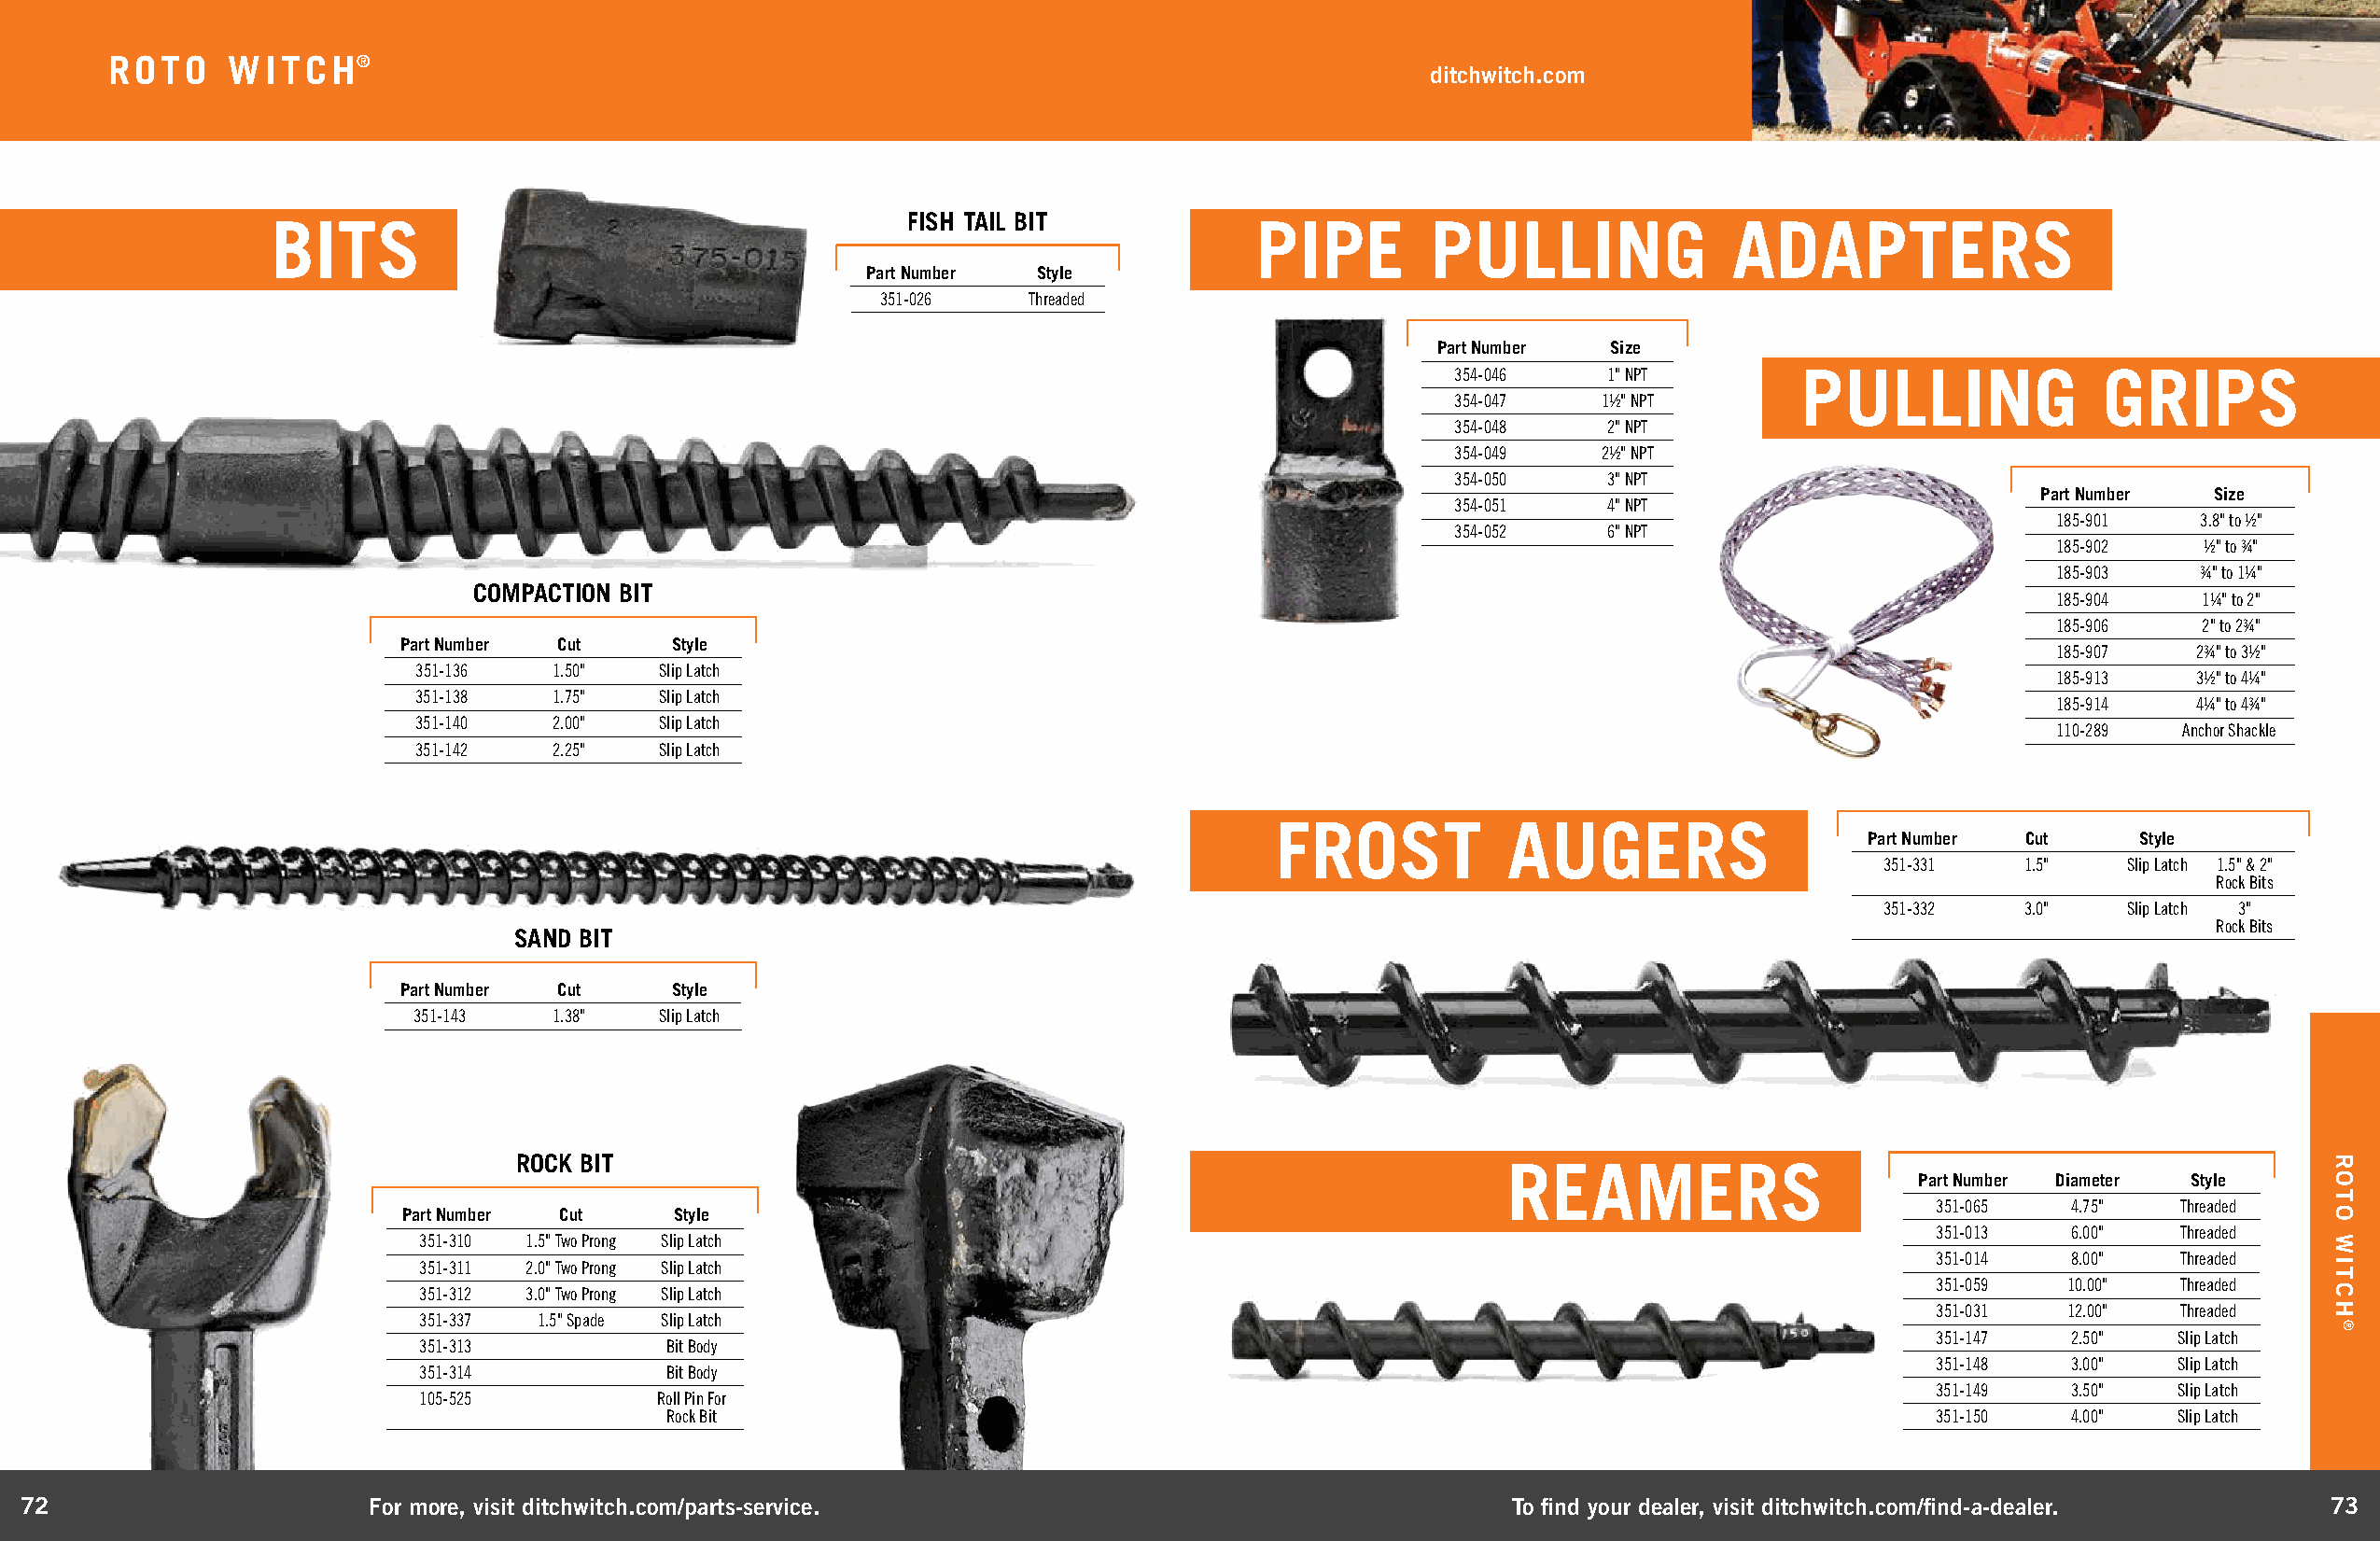
ROTO    WITCH®
 ditchwitch.com
 FISH TAIL BIT
 BITS                                                                  PIPE        PULLING               ADAPTERS
 Part Number  Style
 351-026    Threaded
 Part Number Size
 354-046    1" NPT        PULLING              GRIPS
 354-047    1½" NPT
 354-048    2" NPT
 354-049    2½" NPT
 354-050    3" NPT
 Part Number Size
 354-051    4" NPT
 185-901   3.8" to ½"
 354-052    6" NPT
 185-902   ½" to ¾"
 185-903   ¾" to 1¼"
 COMPACTION BIT
 185-904   1¼" to 2"
 185-906   2" to 2¾"
 Part Number Cut     Style
 185-907   2¾" to 3½"
 351-136   1.50"   Slip Latch
 185-913   3½" to 4¼"
 351-138   1.75"   Slip Latch
 185-914   4¼" to 4¾"
 351-140   2.00"   Slip Latch
 110-289  Anchor Shackle
 351-142   2.25"   Slip Latch
 FROST            AUGERS
 Part Number Cut     Style
 351-331   1.5"   Slip Latch 1.5" & 2"
 Rock Bits
 351-332   3.0"   Slip Latch 3"
 Rock Bits
 SAND BIT
 Part Number Cut     Style
 351-143   1.38"   Slip Latch
 ROCK BIT
 REAMERS
 Part Number Diameter Style
 351-065   4.75"   Threaded
 Part Number Cut    Style
 351-013   6.00"   Threaded
 351-310 1.5" Two Prong Slip Latch
 351-014   8.00"   Threaded
 351-311 2.0" Two Prong Slip Latch
 351-059   10.00"  Threaded
 351-312 3.0" Two Prong Slip Latch
 351-031   12.00"  Threaded
 351-337 1.5" Spade Slip Latch
 351-147   2.50"  Slip Latch
 351-313          Bit Body
 351-148   3.00"  Slip Latch
 351-314          Bit Body
 351-149   3.50"  Slip Latch
 105-525          Roll Pin For
 Rock Bit                                                                                  351-150   4.00"  Slip Latch
 72                       For more, visit ditchwitch.com/parts-service.                                    To find your dealer, visit ditchwitch.com/find-a-dealer.  73
 ROTO
 WITCH
 ®